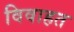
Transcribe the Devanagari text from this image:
विवाहत